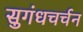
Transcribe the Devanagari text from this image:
सुगंधचर्चन